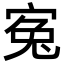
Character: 寃